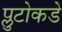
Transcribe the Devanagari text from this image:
प्लुटोकडे